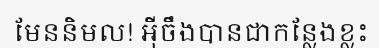
មែននិមល! អ៊ីចឹងបានជាកន្លែងខ្លះ